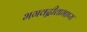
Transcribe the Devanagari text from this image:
भगवद्गीताभाष्य